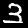
Label: 3